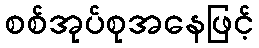
စစ်အုပ်စုအနေဖြင့်